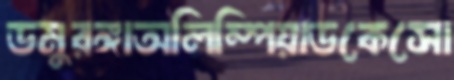
ডমুরঙ্গাঅলিম্পিয়াডকেসো